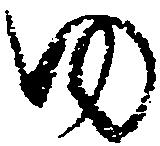
ゆ